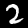
Digit: 2